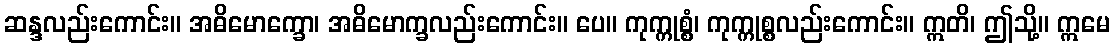
ဆန္ဒလည်းကောင်း။ အဓိမောက္ခော၊ အဓိမောက္ခလည်းကောင်း။ ပေ။ ကုက္ကုစ္စံ၊ ကုက္ကုစ္စလည်းကောင်း။ ဣတိ၊ ဤသို့။ ဣမေ